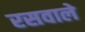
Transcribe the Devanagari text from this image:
रसवाले